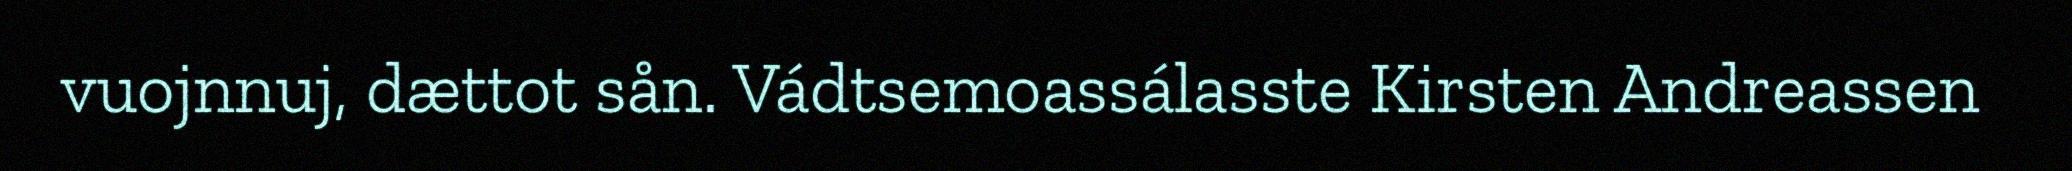
vuojnnuj, dættot sån. Vádtsemoassálasste Kirsten Andreassen